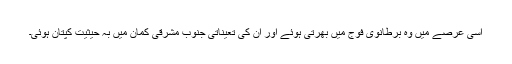
اسی عرصے میں وہ برطانوی فوج میں بھرتی ہوئے اور ان کی تعیناتی جنوب مشرقی کمان میں بہ حیثیت کپتان ہوئی۔